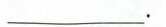
______.